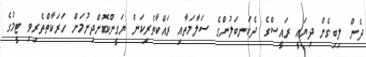
ދެން ލިބިގެން ދިޔައީ ރައީސްގެ ދެކަނބަލުންގެ ސަލާމަތާއި ރައްކާތެރިކަން ޔަގީންކޮށްދިނުމަށް ހަރަކާތްތެރިވި ޓީމުގެ